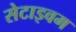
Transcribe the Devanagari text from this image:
सेटाइवम